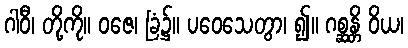
ဂါဝီ၊ တို့ကို။ ဝဇေ၊ ခြံ၌။ ပဝေသေတွာ၊ ၍။ ဂစ္ဆန္တိ ဝိယ၊